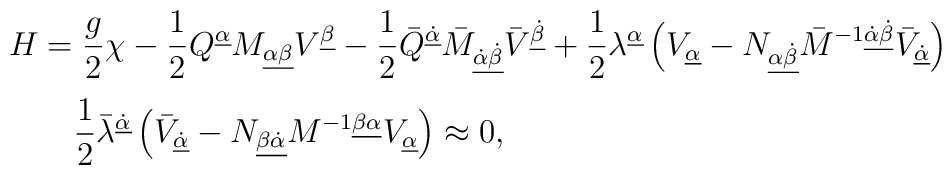
\begin{array}{l}{\displaystyle H=\frac{g}{2}\chi-\frac12 Q^{\underline\alpha}M_{\underline{\alpha\beta}}V^{\underline\beta}-\frac12\bar Q^{\underline{\dot\alpha}}\bar M_{\underline{\dot\alpha\dot\beta}}\bar V^{\underline{\dot\beta}}+\frac12\lambda^{\underline\alpha}\left(V_{\underline\alpha }-N_{\underline{\alpha\dot\beta}}\bar M^{-1\underline{\dot\alpha\dot\beta}}\bar V_{\underline{\dot\alpha}}\right)}\\[0.4cm]\hspace{2em}{\displaystyle\frac12\bar\lambda^{\underline{\dot\alpha}}\left(\bar V_{\underline{\dot\alpha}}-N_{\underline{\beta\dot\alpha}}M^{-1\underline{\beta\alpha}}V_{\underline\alpha}\right)\approx 0,}\end{array}